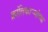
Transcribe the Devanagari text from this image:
क्रांतिकार्‍यांच्या